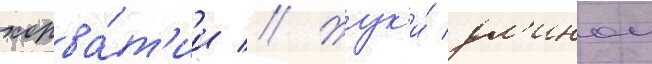
хорва́т'ии // Жук'и́ дл'инои